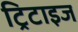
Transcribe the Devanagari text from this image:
ट्रिटाइज